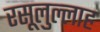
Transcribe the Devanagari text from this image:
रसूलुल्‍लाह